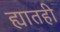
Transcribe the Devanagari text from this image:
ह्यातही